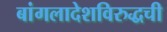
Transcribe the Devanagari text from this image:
बांगलादेशविरुद्धची